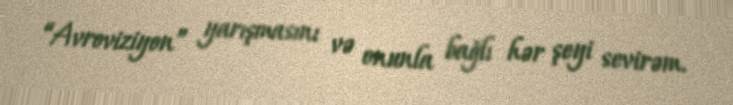
“Avroviziyon” yarışmasını və onunla bağlı hər şeyi sevirəm.